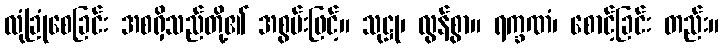
လုံခြုံစေခြင်း အစရှိသည်တို့၏ အစွမ်းဖြင့်။ သုဋ္ဌု၊ လွန်စွာ။ ရက္ခဏံ၊ စောင့်ခြင်း တည်း။